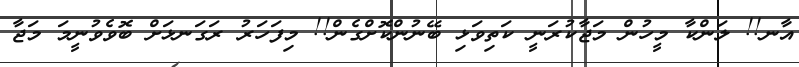
އާނ!! ލަންކާ މީހުން މަޖާކުރަނީ ކަތިވަޅި ބޭނުންކޮށްގެން!! މިފަހަރު ރަގަނޅަށް ބޮވެވުނީމަ މަޖާ